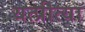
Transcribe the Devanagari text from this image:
यत्प्रीत्या